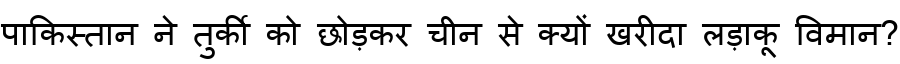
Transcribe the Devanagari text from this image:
पाकिस्तान ने तुर्की को छोड़कर चीन से क्यों खरीदा लड़ाकू विमान?